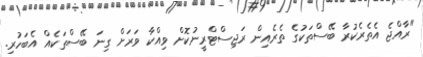
"ރާއްޖެ އެތެރެކުރާ ބޭސްތަކުގެ ތެރެއިން ރަޖިސްޓްރީނުކޮށް ވިއްކާ ވަރަށް ގިނަ ބޭސްތަކެއް އެބަހުރި.